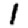
Digit: 1